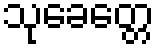
သုခေတ္တေ